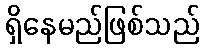
ရှိနေမည်ဖြစ်သည်